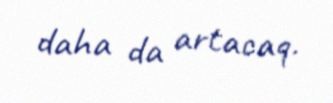
daha da artacaq.